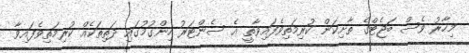
މިހާރު ވެސް ބަޖެޓްގެ ތާށިކަން ކުރިމަތިވެފައިވާތީ އެ ސެންޓަރު ހިންގުމުގައި ދަތިތަކެއް ކުރިމަތިވެފައިވާ